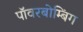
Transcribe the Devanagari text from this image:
पॉवरबोम्बिंग